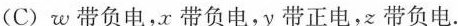
(C)w带负电，x带负电，y带正电，带负电.